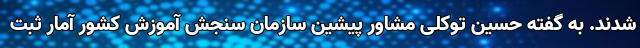
شدند. به گفته حسین توکلی مشاور پیشین سازمان سنجش آموزش کشور آمار ثبت